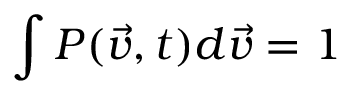
\int P ( \vec { v } , t ) d \vec { v } = 1